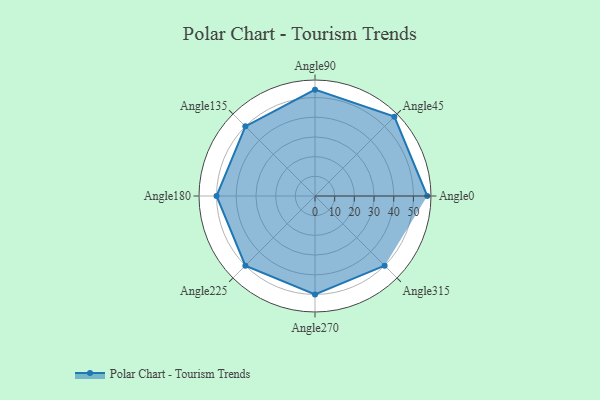
{"axis": {"x": "Angle", "y": "Radius"}, "legend": [""], "data": [{"x": "Angle0", "y": 57.0, "type": ""}, {"x": "Angle45", "y": 57.0, "type": ""}, {"x": "Angle90", "y": 54.0, "type": ""}, {"x": "Angle135", "y": 50, "type": ""}, {"x": "Angle180", "y": 50, "type": ""}, {"x": "Angle225", "y": 50.0, "type": ""}, {"x": "Angle270", "y": 50, "type": ""}, {"x": "Angle315", "y": 50, "type": ""}]}